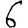
Digit: 6